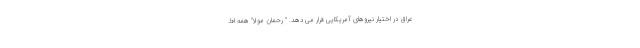
عراق در اختیار نیروهای آمریکایی قرار می دهد. " رحمان مولا" همه اط